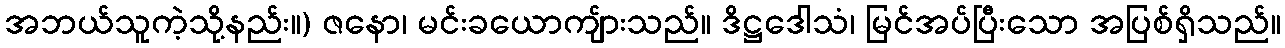
အဘယ်သူကဲ့သို့နည်း။) ဇနော၊ မင်းခယောကျ်ားသည်။ ဒိဋ္ဌဒေါသံ၊ မြင်အပ်ပြီးသော အပြစ်ရှိသည်။